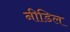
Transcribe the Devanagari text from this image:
नीडिल